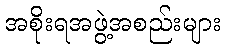
အစိုးရအဖွဲ့အစည်းများ